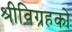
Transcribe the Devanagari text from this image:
श्रीविग्रहको